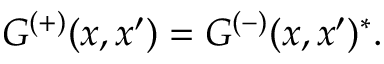
G ^ { ( + ) } ( x , x ^ { \prime } ) = G ^ { ( - ) } ( x , x ^ { \prime } ) ^ { * } .